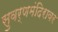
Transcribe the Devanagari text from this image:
सुवर्णमंदिरावर